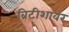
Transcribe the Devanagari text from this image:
ब्रिटीशांवर